Annual report of the Punjab Veterinary College and of the Civil Veterinary Department, Punjab - 1920-1925
Year: 1920
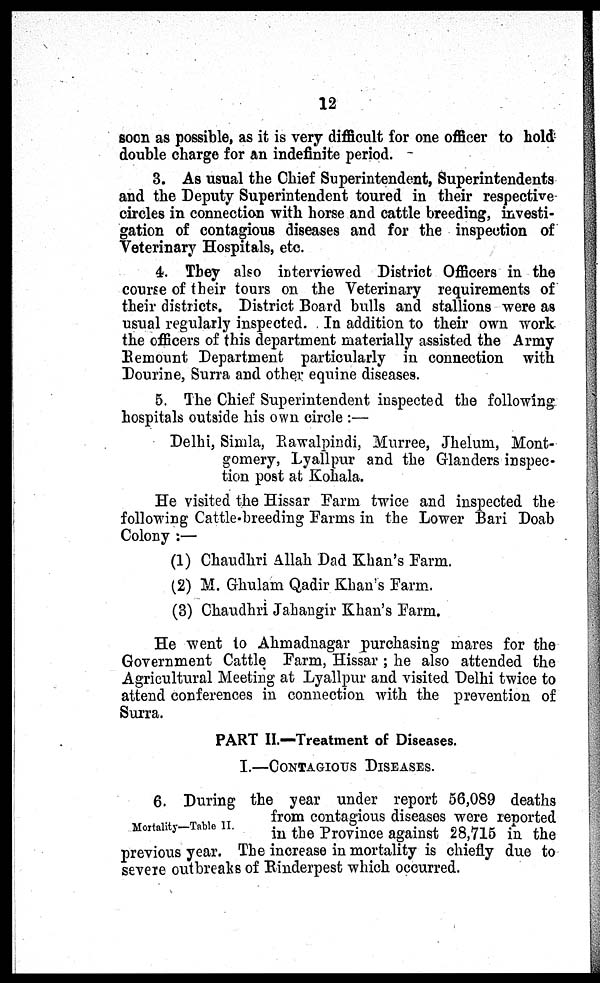
22
soon as possible, as it is very difficult for one officer to hold
double charge for an indefinite period.
3. As usual the Chief Superintendent, Superintendents
and the Deputy Superintendent toured in their respective
circles in connection with horse and cattle breeding, investi-
gation of contagious diseases and for the inspection of
Veterinary Hospitals, etc.
4. They also interviewed District Officers in the
course of their tours on the Veterinary requirements of
their districts. District Board bulls and stallions were as
usual regularly inspected. In addition to their own work
the officers of this department materially assisted the Army
Remount Department particularly in connection with
Dourine, Surra and other equine diseases.
5. The Chief Superintendent inspected the following
hospitals outside his own circle:—
Delhi, Simla, Rawalpindi, Murree, Jhelum, Mont-
gomery, Lyallpur and the Glanders inspec-
tion post at Kohala.
He visited the Hissar Farm twice and inspected the
following Cattle-breeding Farms in the Lower Bari Doab
Colony:—
(1) Chaudhri Allah Dad Khan's Farm.
(2) M. Ghulam Qadir Khan's Farm.
(3) Chaudhri Jahangir Khan's Farm.
He went to Ahmadnagar purchasing mares for the
Government Cattle Farm, Hissar; he also attended the
Agricultural Meeting at Lyallpur and visited Delhi twice to
attend conferences in connection with the prevention of
Surra.
PART II.—Treatment of Diseases.
I.—CONTAGIOUS DISEASES.
Mortality—Table II.
6. During the year under report 56,089 deaths
from contagious diseases were reported
in the Province against 28,715 in the
previous year. The increase in mortality is chiefly due to
severe outbreaks of Rinderpest which occurred.